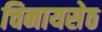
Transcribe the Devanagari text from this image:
चिनायसेठ